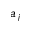
a _ { j }